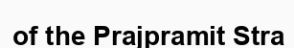
of the Prajpramit Stra